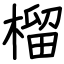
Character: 榴